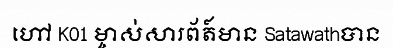
ហៅ K01 ម្ចាស់សារព័ត៍មាន Satawathបាន